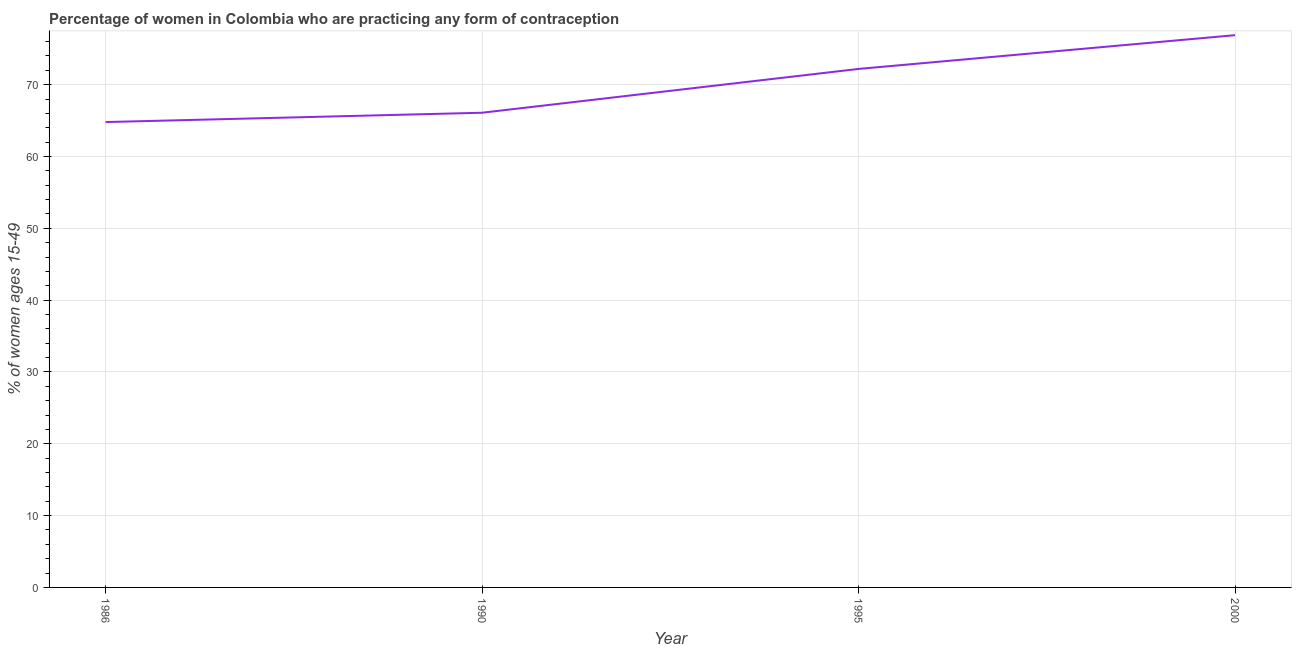
| Year | Contraceptive prevalence |
 | --- | --- |
 | 1986 | 64.8 |
 | 1990 | 66.1 |
 | 1995 | 72.2 |
 | 2000 | 76.9 |